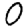
Digit: 0